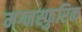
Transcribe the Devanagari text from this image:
मग्नस्फुरिक